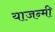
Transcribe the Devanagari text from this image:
याजन्मी